Civil Veterinary Department. United Provinces 1932-42 - 1932-1942
Year: 1932
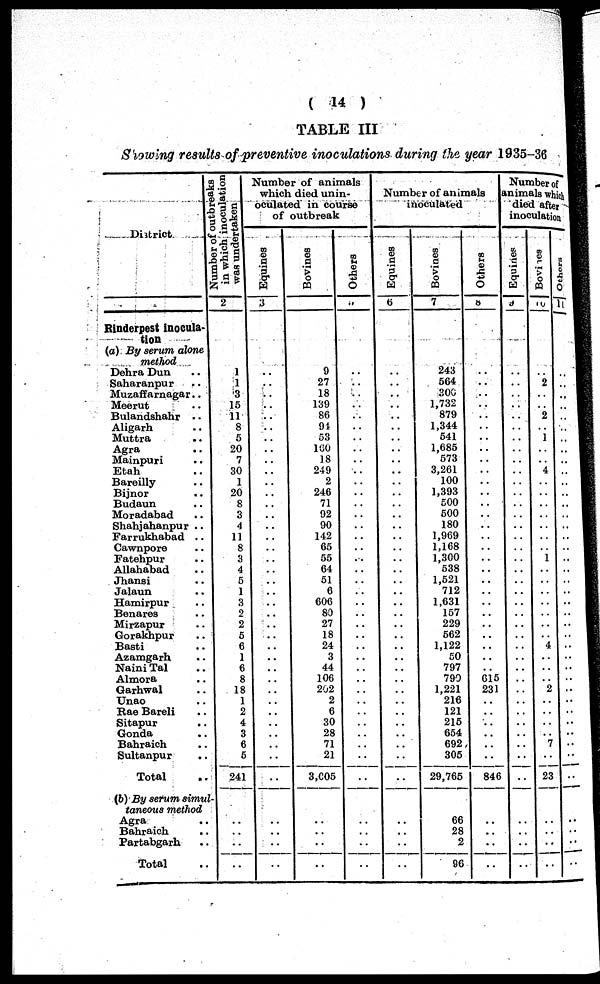
( 14 )
TABLE III
Showing results of preventive inoculations during the year 1935-36
District
1
Rinderpest inocula-
tion
(a) By serum alone
method
Dehra Dun ..
Saharanpur ..
Muzaffarnagar..
Meerut ..
Bulandshahr ..
Aligarh ..
Muttra
..
Agra ..
Mainpuri ..
Etah ..
Bareilly ..
Bijnor ..
Budaun ..
Moradabad ..
Shahjahanpur ..
Farrukhabad ..
Cawnpore ..
Fatehpur ..
Allahabad ..
Jhansi ..
Jalaun ..
Hamirpur ..
Benares ..
Mirzapur ..
Gorakhpur ..
Basti ..
Azamgarh ..
Naini Tal ..
Almora ..
Garhwal ..
Unao ..
Rae Bareli ..
Sitapur ..
Gonda ..
Bahraich ..
Sultanpur ..
Total ..
(b) By serum simul-
taneous method
Agra ..
Bahraich ..
Partabgarh ..
Total ..
Number of outbreaks
in which inoculation
was undertaken
2
1
1
3
15
11
8
5
20
7
30
1
20
8
3
4
11
8
3
4
5
1
3
2
2
5
6
1
6
8
18
1
2
4
3
6
5
241
..
..
..
..
Number of animals
which died unin-
oculated in course
of outbreak
Equines
3
..
..
..
..
..
..
..
..
..
..
..
..
..
..
..
..
..
..
..
..
..
..
..
..
..
..
..
..
..
..
..
..
..
..
..
..
..
..
..
..
..
Bovines
4
9
27
18
139
86
94
53
160
18
249
2
246
71
92
90
142
65
55
64
51
6
606
80
27
18
24
3
44
106
202
2
6
30
28
71
21
3,605
..
..
..
..
Others
5
..
..
..
..
..
..
..
..
..
..
..
..
..
..
..
..
..
..
..
..
..
..
..
..
..
..
..
..
..
..
..
..
..
..
..
..
..
..
..
..
..
Number of animals
inoculated
Equines
6
..
..
..
..
..
..
..
..
..
..
..
..
..
..
..
..
..
..
..
..
..
..
..
..
..
..
..
..
..
..
..
..
..
..
..
..
..
..
..
..
..
Bovines
7
243
564
306
1,732
879
1,344
541
1,685
573
3,261
100
1,393
500
500
180
1,969
1,168
1,300
538
1,521
712
1,631
157
229
562
1,122
50
797
790
1,221
216
121
215
654
692
305
29,765
66
28
2
96
Others
8
..
..
..
..
..
..
..
..
..
..
..
..
..
..
..
..
..
..
..
..
..
..
..
..
..
..
..
..
615
231
..
..
..
..
..
..
846
..
..
..
..
Number of
animals which
died after
inoculation
Equines
9
..
..
..
..
..
..
..
..
..
..
..
..
..
..
..
..
..
..
..
..
..
..
..
..
..
..
..
..
..
..
..
..
..
..
..
..
..
..
..
..
..
Bovines
10
..
2
..
..
2
..
1
..
..
4
..
..
..
..
..
..
..
1
..
..
..
..
..
..
..
4
..
..
..
2
..
..
..
..
7
..
23
..
..
..
..
Others
11
..
..
..
..
..
..
..
..
..
..
..
..
..
..
..
..
..
..
..
..
..
..
..
..
..
..
..
..
..
..
..
..
..
..
..
..
..
..
..
..
..